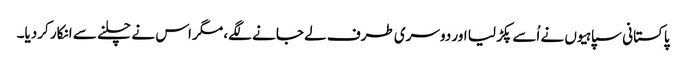
پاکستانی سپاہیوں نے اُسے پکڑ لیا اور دوسری طرف لے جانے لگے، مگر اس نے چلنے سے انکار کردیا۔